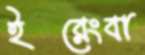
ইরেংবা